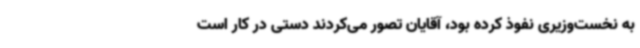
به نخست‌وزیری نفوذ کرده بود، آقایان تصور می‌کردند دستی در کار است